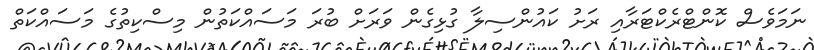
ނަމަވެސް ކޮންޓްރެކްޓަރާއި ރަށު ކައުންސިލާ ގުޅިގެން ވަރަށް ބުރަ މަސައްކަތުން މިސްކިތުގެ މަސައްކަތް